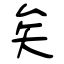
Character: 矣